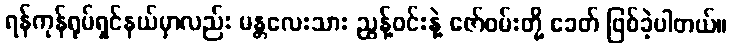
ရန်ကုန်ရုပ်ရှင်နယ်မှာလည်း မန္တလေးသား ညွန့်ဝင်းနဲ့ ဇော်ဝမ်းတို့ ခေတ် ဖြစ်ခဲ့ပါတယ်။